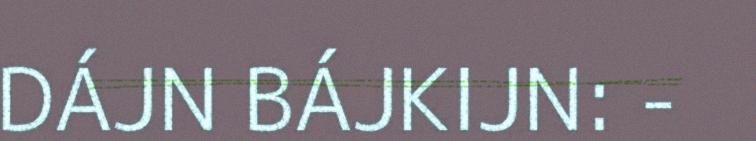
DÁJN BÁJKIJN: -